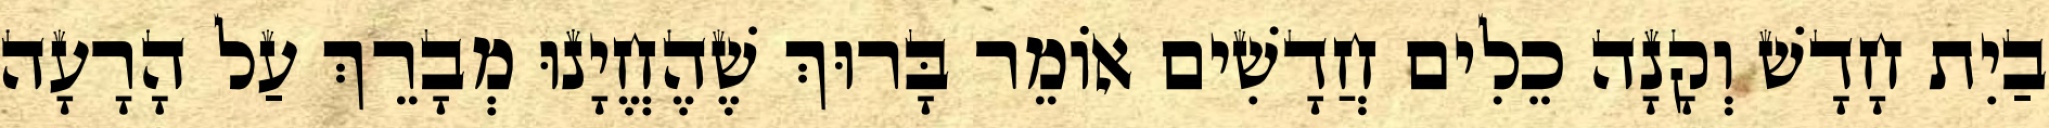
בַיִת חָדָשׁ וְקָנָה כֵלִים חֲדָשִׁים אוֹמֵר בָּרוּךְ שֶׁהֶחֱיָנוּ מְבָרֵךְ עַל הָרָעָה